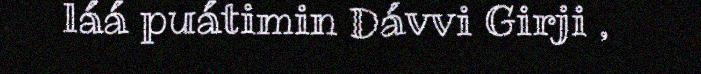
láá puátimin Dávvi Girji ,